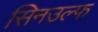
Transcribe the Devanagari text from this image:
सिनउल्फ